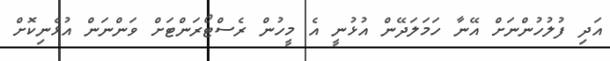
އަދި ފުލުހުންނަށް އޭނާ ހަމަލަދޭން އުޅުނީ އެ މީހުން ރެސްޓޯރަންޓަށް ވަންނަން އުޅެނިކޮށް